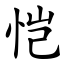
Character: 恺